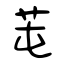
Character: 芚